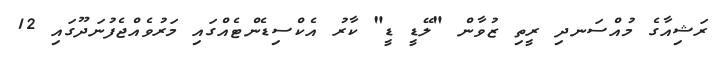
ރަޝިއާގެ މުއްސަނދި ރީތި ޒުވާން "ލޭޑީ ޑީ" ކާރު އެކްސިޑެންޓެއްގައި މަރުވެއްޖެފުނަދޫގައި 12